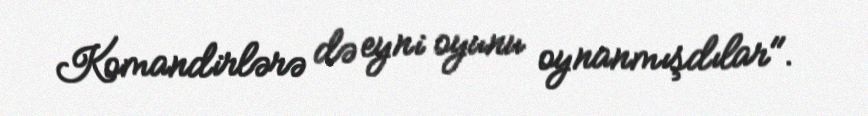
Komandirlərə də eyni oyunu oynanmışdılar".